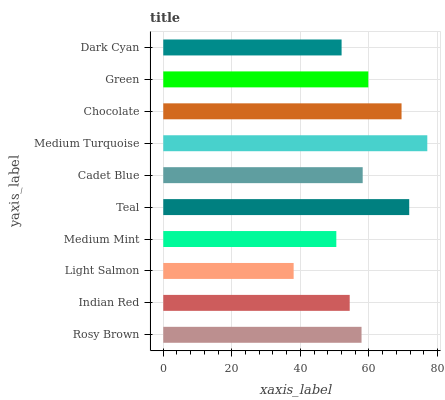
| yaxis_label | bars |
 | --- | --- |
 | Rosy Brown | 57.8 |
 | Indian Red | 54.4 |
 | Light Salmon | 38 |
 | Medium Mint | 50.5 |
 | Teal | 71.7 |
 | Cadet Blue | 58.2 |
 | Medium Turquoise | 77 |
 | Chocolate | 69.5 |
 | Green | 59.8 |
 | Dark Cyan | 52 |